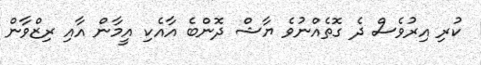
ކުރި އިރުވެސް ދެ ގޮތެއްނުވެ ޔާޝް ދޮންބެ އާއެކި އީމާން އާއި ރިޒްވާން